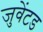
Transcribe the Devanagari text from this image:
जुवेंटड